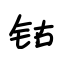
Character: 钴